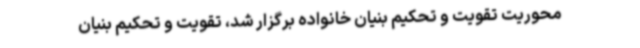
محوریت تقویت و تحکیم بنیان خانواده برگزار شد، تقویت و تحکیم بنیان